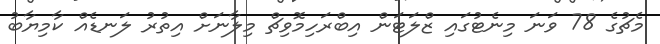
މެޗުގެ 78 ވަނަ މިނެޓުގައި ޒްލަޓަން އިބްރަހިމޮވިޗް މިލާނަށް އިތުރު ލަނޑެއް ކާމިޔާބު